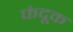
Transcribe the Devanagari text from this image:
फंदूक